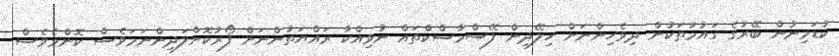
ކުޑަމިނުން ބޭރުގެ ގައުމުތަކުން ދިވެހިންނަށް ހިލޭދިން ފޭސްމާސްކްތައް ނުވިއްކާ ރައްޔަތުންނަށް ފޯރުކޮށްލަދިންނަމަވެސް ކޮންމެވެސް